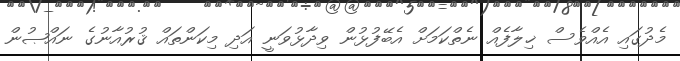
މެދުގައި އެއްވެސް ޚިލާފެއް ނެތްކަމަށް އެބޭފުޅުން ވިދާޅުވަނީ އަދި މިކަންތައް ޤުރުއާނުގެ ނައްޞުން